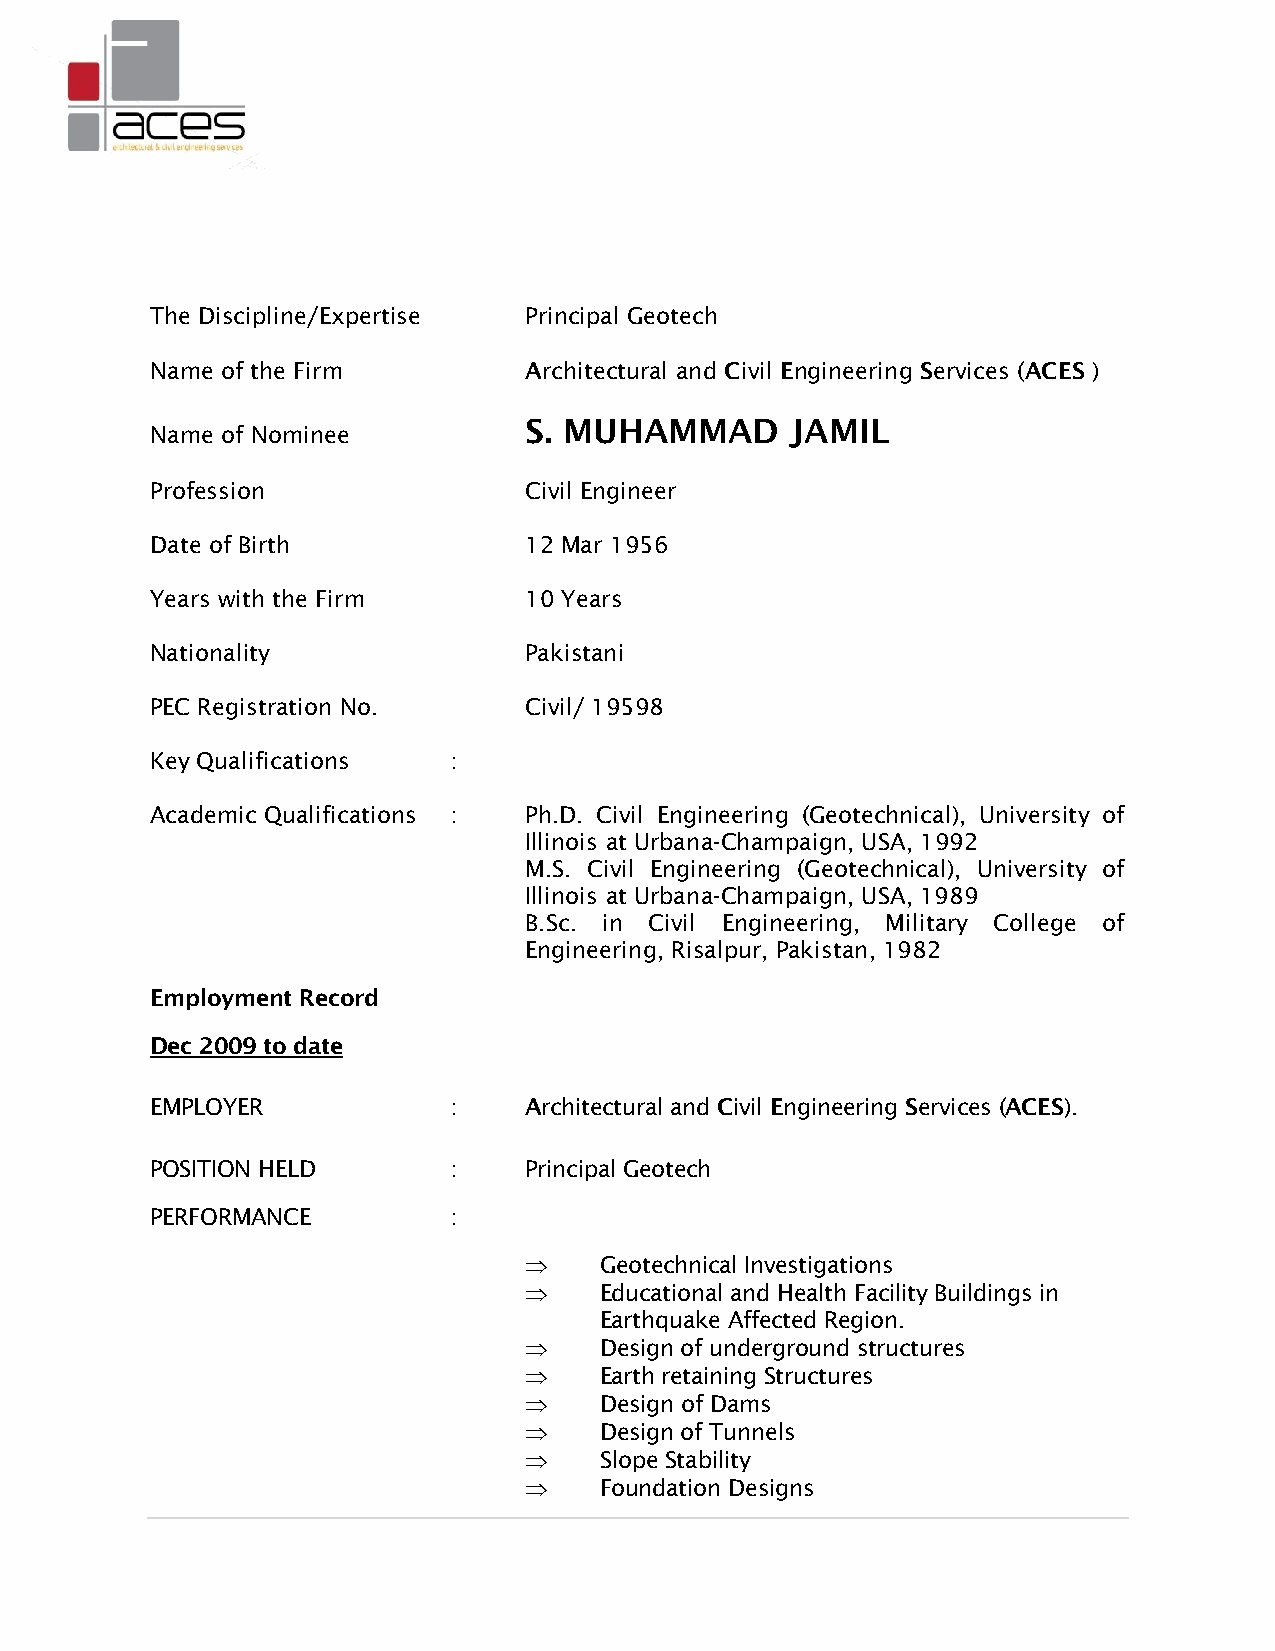
The Discipline/Expertise Principal Geotech
 Name of the Firm         Architectural and Civil Engineering Services (ACES )
 S. MUHAMMAD      JAMIL
 Name of Nominee
 Profession               Civil Engineer
 Date of Birth            12 Mar 1956
 Years with the Firm      10 Years
 Nationality              Pakistani
 PEC Registration No.     Civil/ 19598
 Key Qualifications  :
 Academic Qualifications : Ph.D. Civil Engineering (Geotechnical), University of
 Illinois at Urbana-Champaign, USA, 1992
 M.S. Civil Engineering (Geotechnical), University of
 Illinois at Urbana-Champaign, USA, 1989
 B.Sc. in Civil Engineering, Military College of
 Engineering, Risalpur, Pakistan, 1982
 Employment Record
 Dec 2009 to date
 EMPLOYER            :    Architectural and Civil Engineering Services (ACES).
 POSITION HELD       :    Principal Geotech
 PERFORMANCE         :
     Geotechnical Investigations
     Educational and Health Facility Buildings in
 Earthquake Affected Region.
     Design of underground structures
     Earth retaining Structures
     Design of Dams
     Design of Tunnels
     Slope Stability
     Foundation Designs